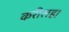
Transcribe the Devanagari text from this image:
करीलह।